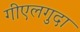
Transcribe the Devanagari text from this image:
गीएलगुदा